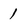
Character: 1